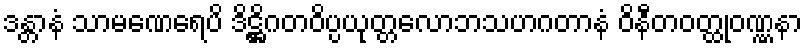
ဒန္တာနံ သာမဏေရေပိ ဒိဋ္ဌိဂတဝိပ္ပယုတ္တလောဘသဟဂတာနံ ဝိနီတဝတ္ထုဝဏ္ဏနာ